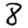
Digit: 8